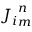
{ J _ { i } } _ { m } ^ { n }